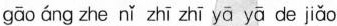
gāo áng zhe nǐ zhī zhī yā yā de jiǎo